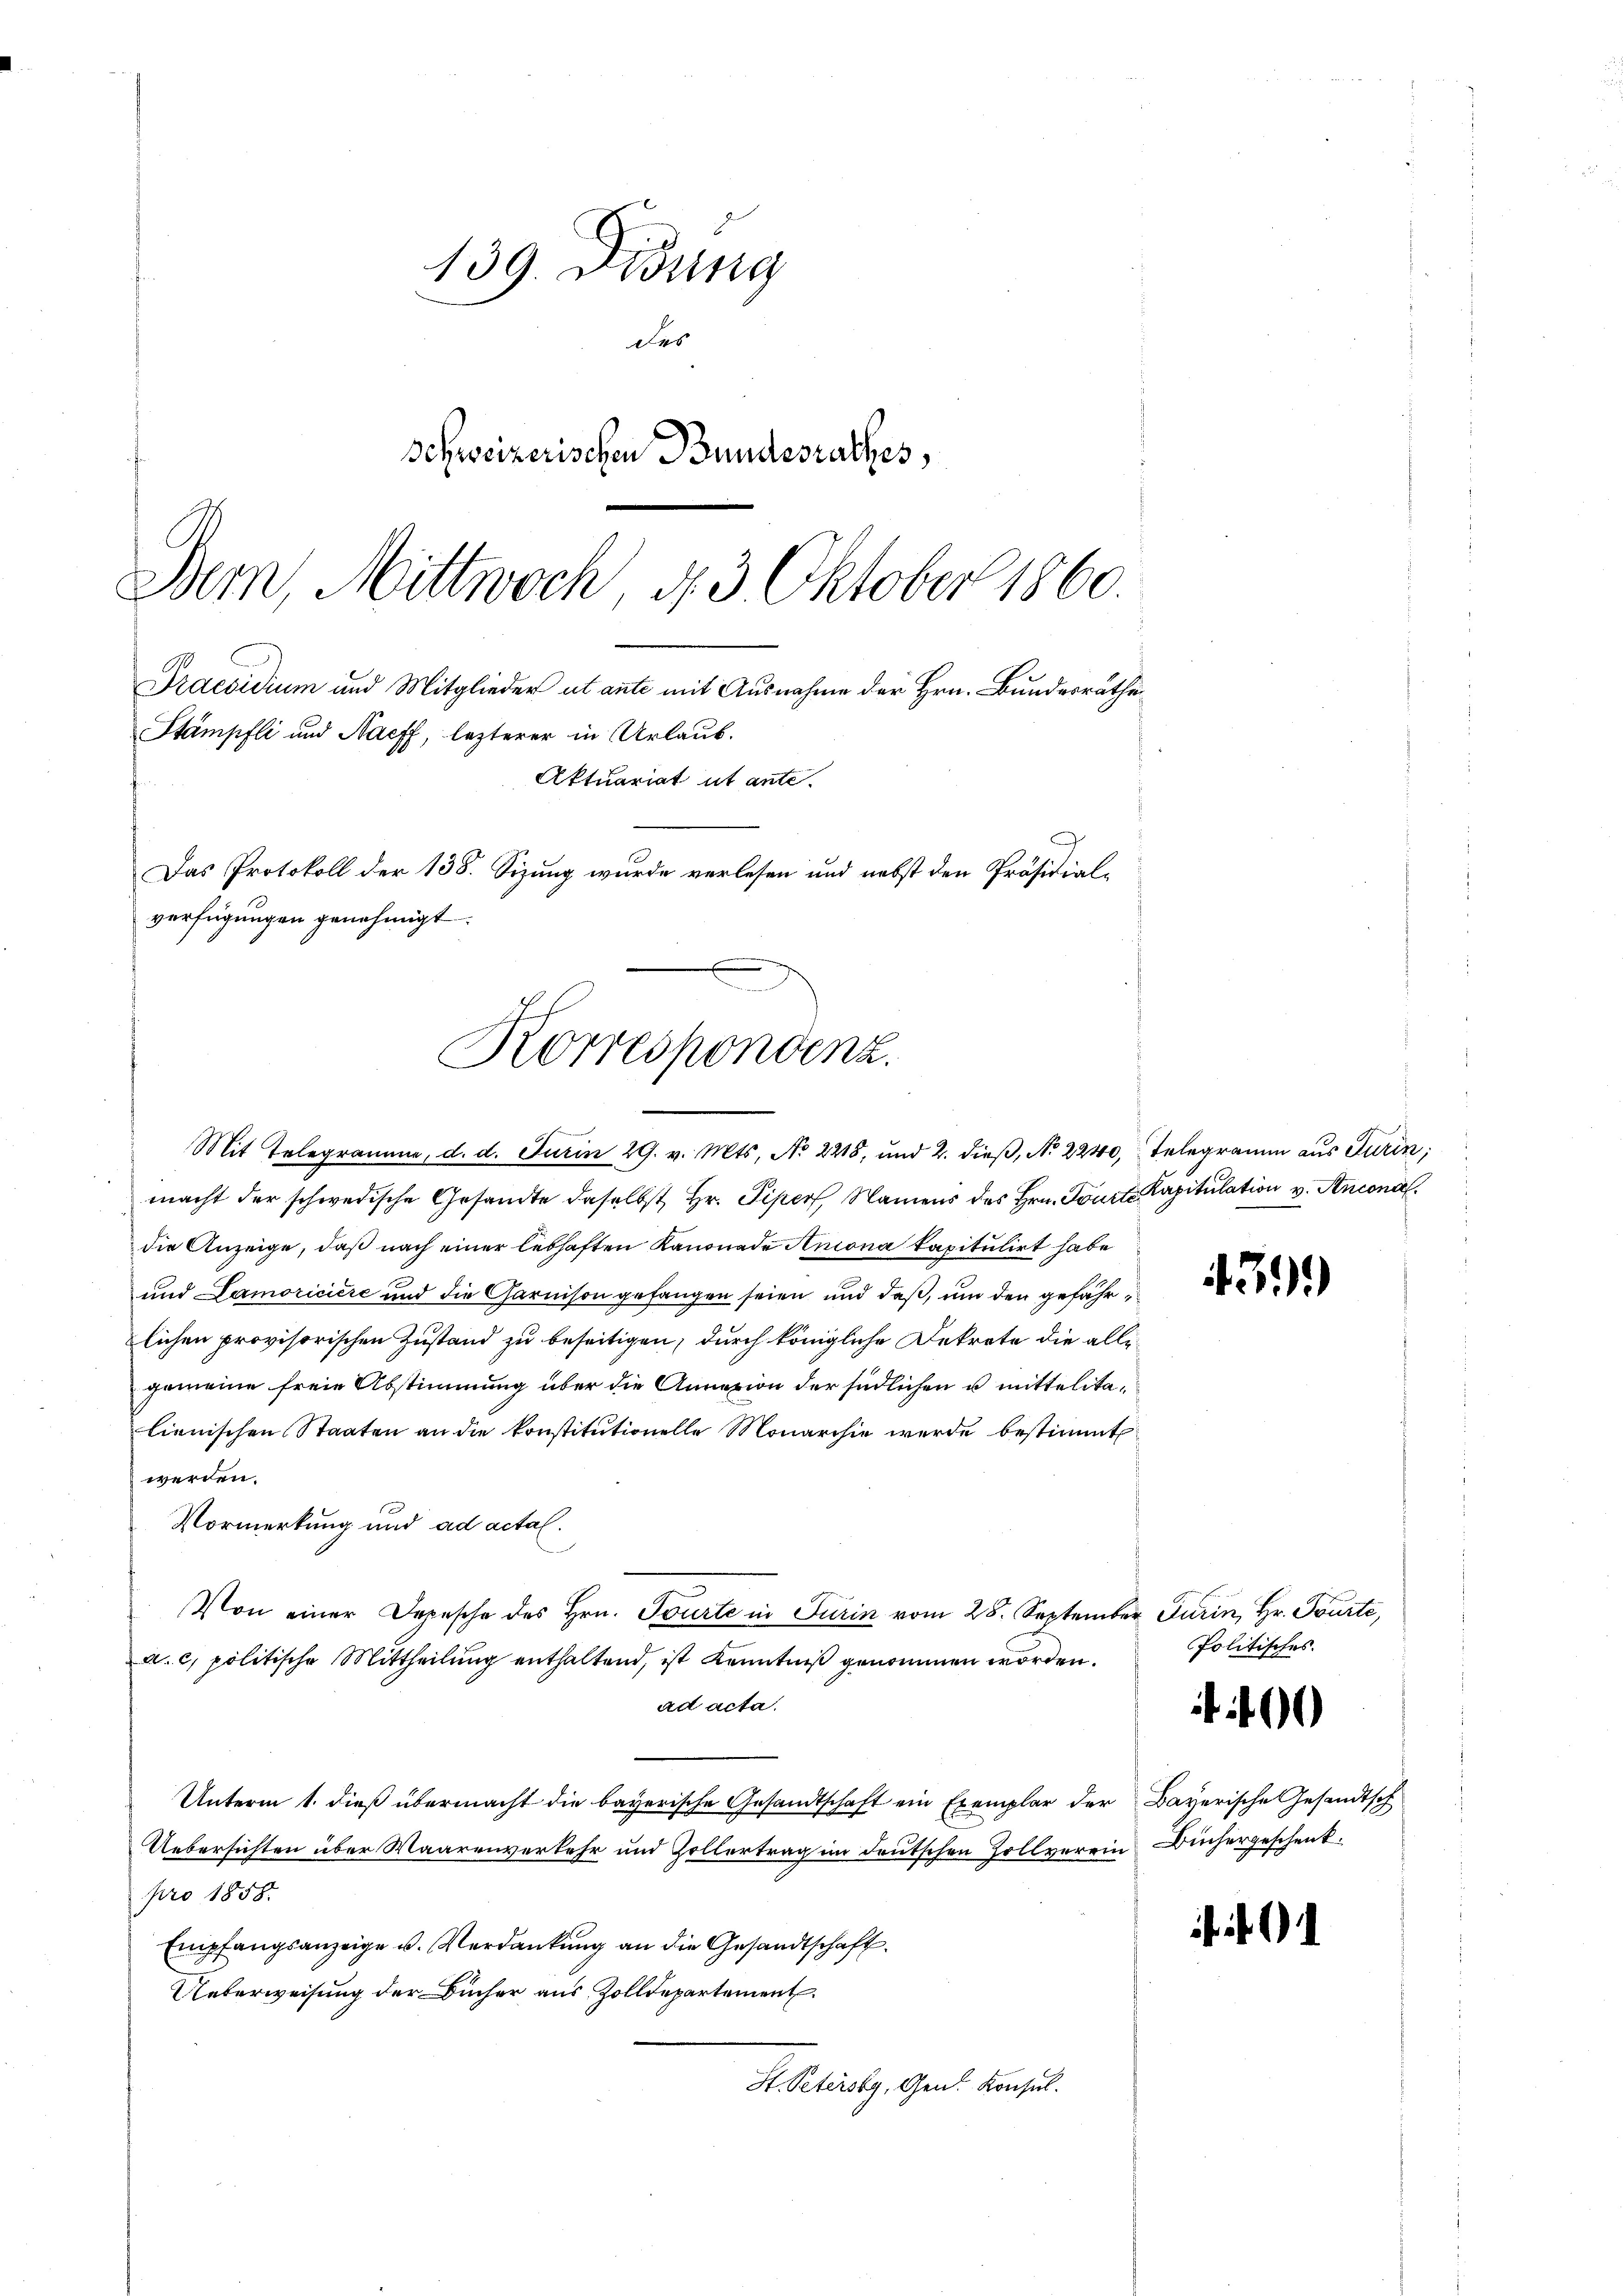
139. Didung
des
Schweizerischen Bundesrathes,

Bern, Mittwoch, 4 3 Oktober 1860.
Praesidium und Mitglieder ut ante mit Ausnahme der Hrn. Bundesrathe
Stämpfli und Naeff, lezterer in Urlaub.
Das Protokoll der 138. Sizung wurde verlesen und nebst den Präsidial-
verfügungen genehmigt.
Korrespondenz.

Aktuariat ut ante.

Mit Telegramme, d. d. Jurin 29. v. Mts. No 2218, und 2. dieß, No 2240, Telegramm aus Turin,
macht der schwedische Gesandte daselbst Hr. Piper, Namens des Hrn. Tourte Kapitulation v. Ancona
die Anzeige, daß nach einer lebhaften Kanonade Antona kapitulirt habe
und Samoriciere und die Garnison gefangen seien und daß, um den gefährlichen provisorischen Zustand zu beseitigen, durch königliche Dekrete die allegemeine freie Abstimmung über die Annazion der südlichen u mittelitalienischen Staaten an die konstitutionelle Monarchie werde bestimmt:
werden.
Vormerkung und ad actal.
Von einer Depesche des Hrn. Tourte in Turin vom 28. September Turin, Hr. Tourte,
a. c. politische Mittheilŭng enthaltend, ist Kenntniß genommen worden.
ad acta.
Unterm 1. dieß übermacht die bayerische Gesandtschaft ein Exemplar der Bayerische Gesandtsch
Uebersichten über Waarenverkehr und Zollertrag im deutschen Zollverein Büchergeschenkpro 1858.
Empfangsanzeige u. Verdankung an die Gesandtschaft.
Ueberweisung der Bücher aus Zolldepartement.
H. Petersky, Gen. Konsul

439.

Politisches.
 460

. 1